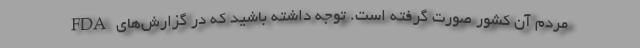
مردم آن کشور صورت گرفته است. توجه داشته باشید که در گزارش‌های FDA